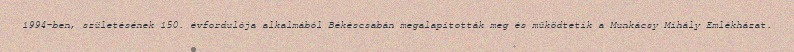
1994-ben, születésének 150. évfordulója alkalmából Békéscsabán megalapították meg és működtetik a Munkácsy Mihály Emlékházat.